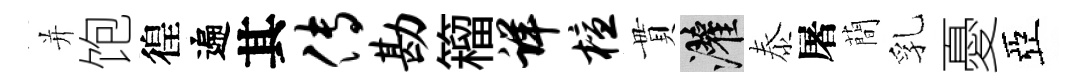
并饱徨遍其传勘籕详檀貫灌泰屠蕳乳憂亞